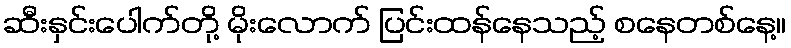
ဆီးနှင်းပေါက်တို့ မိုးလောက် ပြင်းထန်နေသည့် စနေတစ်နေ့။